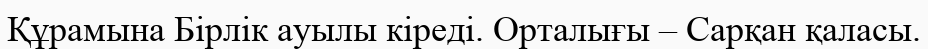
Құрамына Бірлік ауылы кіреді. Орталығы – Сарқан қаласы.